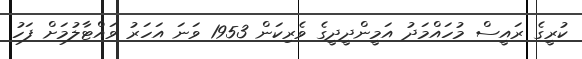
ކުރީގެ ރައީސް މުހައްމަދު އަމީންދީދީގެ ވެރިކަން 1953 ވަނަ އަހަރު ވައްޓާލުމަށް ފަހު